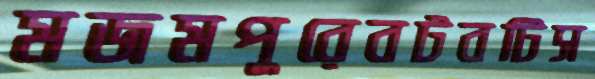
মজমপুরেবটবটিস